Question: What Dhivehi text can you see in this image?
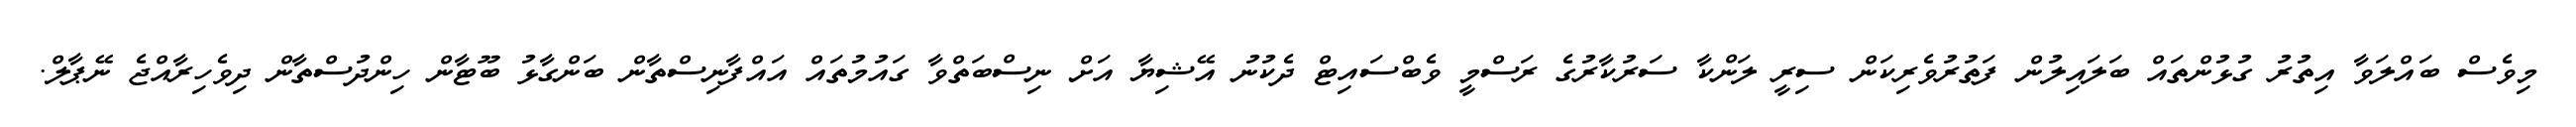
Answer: މިވެސް ބައްލަވާ އިތުރު ގުޅުންތައް ބަލައިލުން ފަތުރުވެރިކަން ސިރީ ލަންކާ ސަރުކާރުގެ ރަސްމީ ވެބްސައިޓް ދެކުނު އޭޝިޔާ އަށް ނިސްބަތްވާ ގައުމުތައް އައްފާނިސްތާން ބަންގާޅު ބޫޓާން ހިންދުސްތާން ދިވެހިރާއްޖެ ނޭޕާލް.